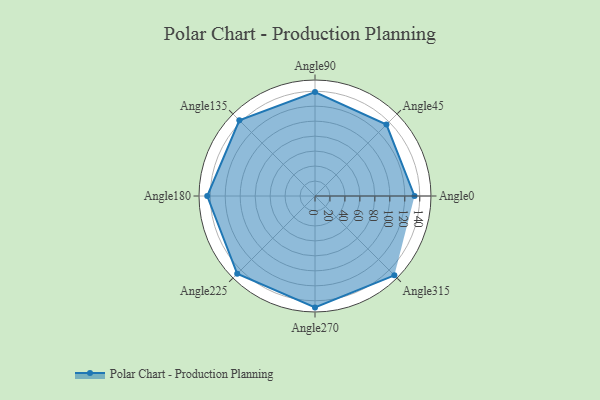
{"axis": {"x": "Angle", "y": "Radius"}, "legend": [""], "data": [{"x": "Angle0", "y": 133.0, "type": ""}, {"x": "Angle45", "y": 135.0, "type": ""}, {"x": "Angle90", "y": 139.0, "type": ""}, {"x": "Angle135", "y": 143.0, "type": ""}, {"x": "Angle180", "y": 144.0, "type": ""}, {"x": "Angle225", "y": 147.0, "type": ""}, {"x": "Angle270", "y": 149.0, "type": ""}, {"x": "Angle315", "y": 150.0, "type": ""}]}